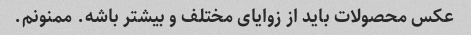
عکس محصولات باید از زوایای مختلف و بیشتر باشه. ممنونم.